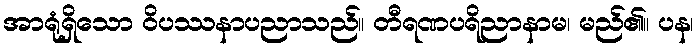
အာရုံရှိသော ဝိပဿနာပညာသည်။ တီရဏပရိညာနာမ၊ မည်၏။ ပန၊